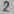
Text: 2